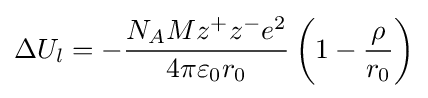
\Delta U_{l}=-{\frac {N_{A}Mz^{+}z^{-}e^{2}}{4\pi \varepsilon _{0}r_{0}}}\left(1-{\frac {\rho }{r_{0}}}\right)